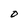
Character: O